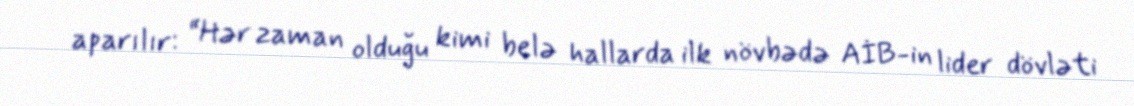
aparılır: “Hər zaman olduğu kimi belə hallarda ilk növbədə AİB-in lider dövləti